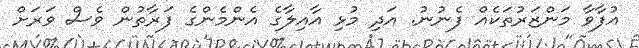
އުފާވާ މަންޒަރުތަކެއް ފެނުނު. އަދި މުޅި އާއިލާގެ އެންމެންގެ ފަރާތުން ވެސް ވަރަށް